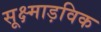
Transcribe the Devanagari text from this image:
सूक्ष्माड़विक